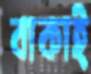
বাকাই